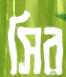
সির